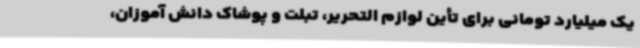
یک میلیارد تومانی برای تأین لوازم التحریر، تبلت و پوشاک دانش آموزان،